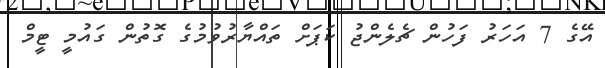
އޭގެ 7 އަހަރު ފަހުން ޗެލެންޖު ކަޕަށް ތައްޔާރުވުމުގެ ގޮތުން ގައުމީ ޓީމް